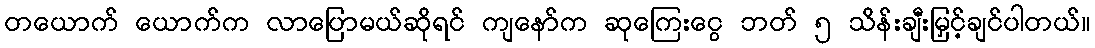
တယောက် ယောက်က လာပြောမယ်ဆိုရင် ကျနော်က ဆုကြေးငွေ ဘတ် ၅ သိန်းချီးမြှင့်ချင်ပါတယ်။